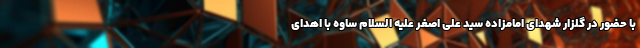
با حضور در گلزار شهدای امامزاده سید علی اصغر علیه السلام ساوه با اهدای